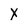
Character: X